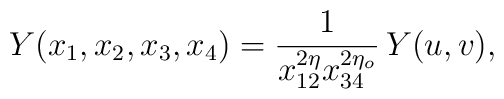
Y(x_{1},x_{2},x_{3},x_{4})=\frac{1}{x_{12}^{2\eta}x_{34}^{2\eta_{o}}}\,Y(u,v),